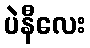
ပဲနီလေး